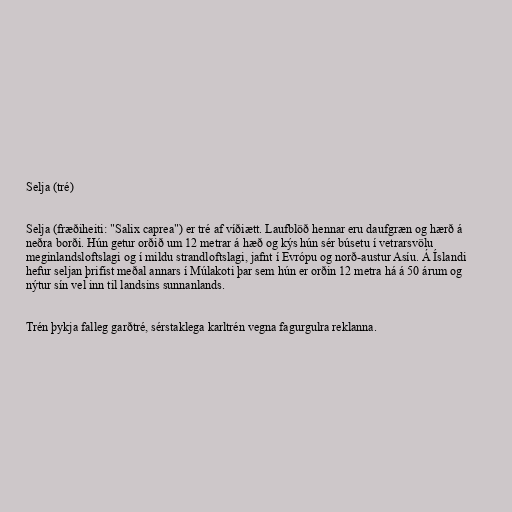
Selja (tré)

Selja (fræðiheiti: "Salix caprea") er tré af víðiætt. Laufblöð hennar eru daufgræn og hærð á
neðra borði. Hún getur orðið um 12 metrar á hæð og kýs hún sér búsetu í vetrarsvölu
meginlandsloftslagi og í mildu strandloftslagi, jafnt í Evrópu og norð-austur Asíu. Á Íslandi
hefur seljan þrifist meðal annars í Múlakoti þar sem hún er orðin 12 metra há á 50 árum og
nýtur sín vel inn til landsins sunnanlands.

Trén þykja falleg garðtré, sérstaklega karltrén vegna fagurgulra reklanna.